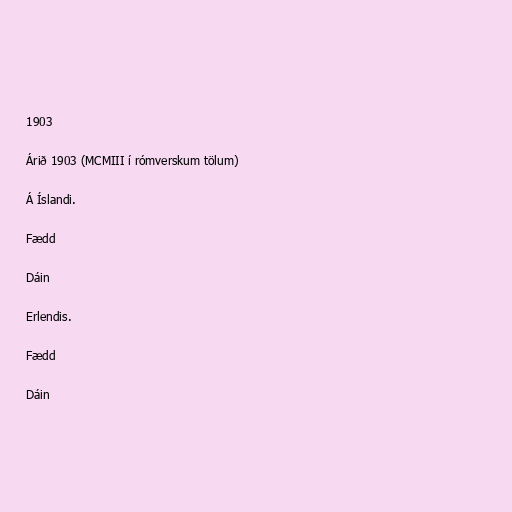
1903

Árið 1903 (MCMIII í rómverskum tölum)

Á Íslandi.

Fædd

Dáin

Erlendis.

Fædd

Dáin